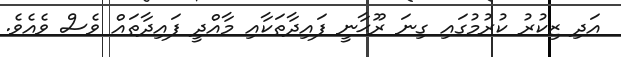
އަދި ޒިކުރު ކުރުމުގައި ގިނަ ރޫޙާނީ ފައިދާތަކާއި މާއްދީ ފައިދާތައް ވެސް ވެއެވެ.